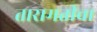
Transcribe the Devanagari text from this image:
तारामतीचा